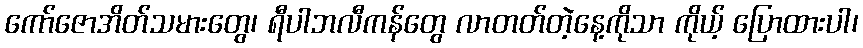
ကော်ဇောအိတ်သမားတွေ၊ ရီပါဘလီကန်တွေ လာတတ်တဲ့နေ့ကိုသာ ကိုယ့် ပြောထားပါ၊